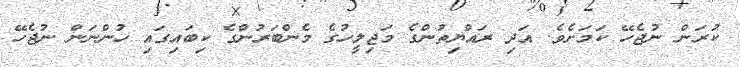
ކުރަން ނުޖެހޭ ކަމަށެވެ. އަދި ރައްޔިތުންގެ މަޖިލީހުގެ މެންބަރުންގެ ކިބައިގައި ހުންނަން ނުޖެހޭ